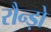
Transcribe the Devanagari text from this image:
रौन्ड़ो